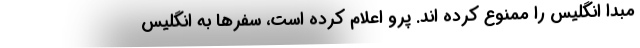
مبدا انگلیس را ممنوع کرده اند. پرو اعلام کرده است، سفرها به انگلیس